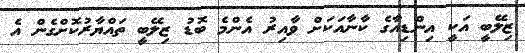
ޒިލޭބީ އަކީ އިންޑިއާގެ ކާނާއަކަށް ވާއިރު އެންމެ ބޮޑު ޒިލޭބީ ތައްޔާރުކޮށްގެން އެ